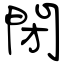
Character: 閉